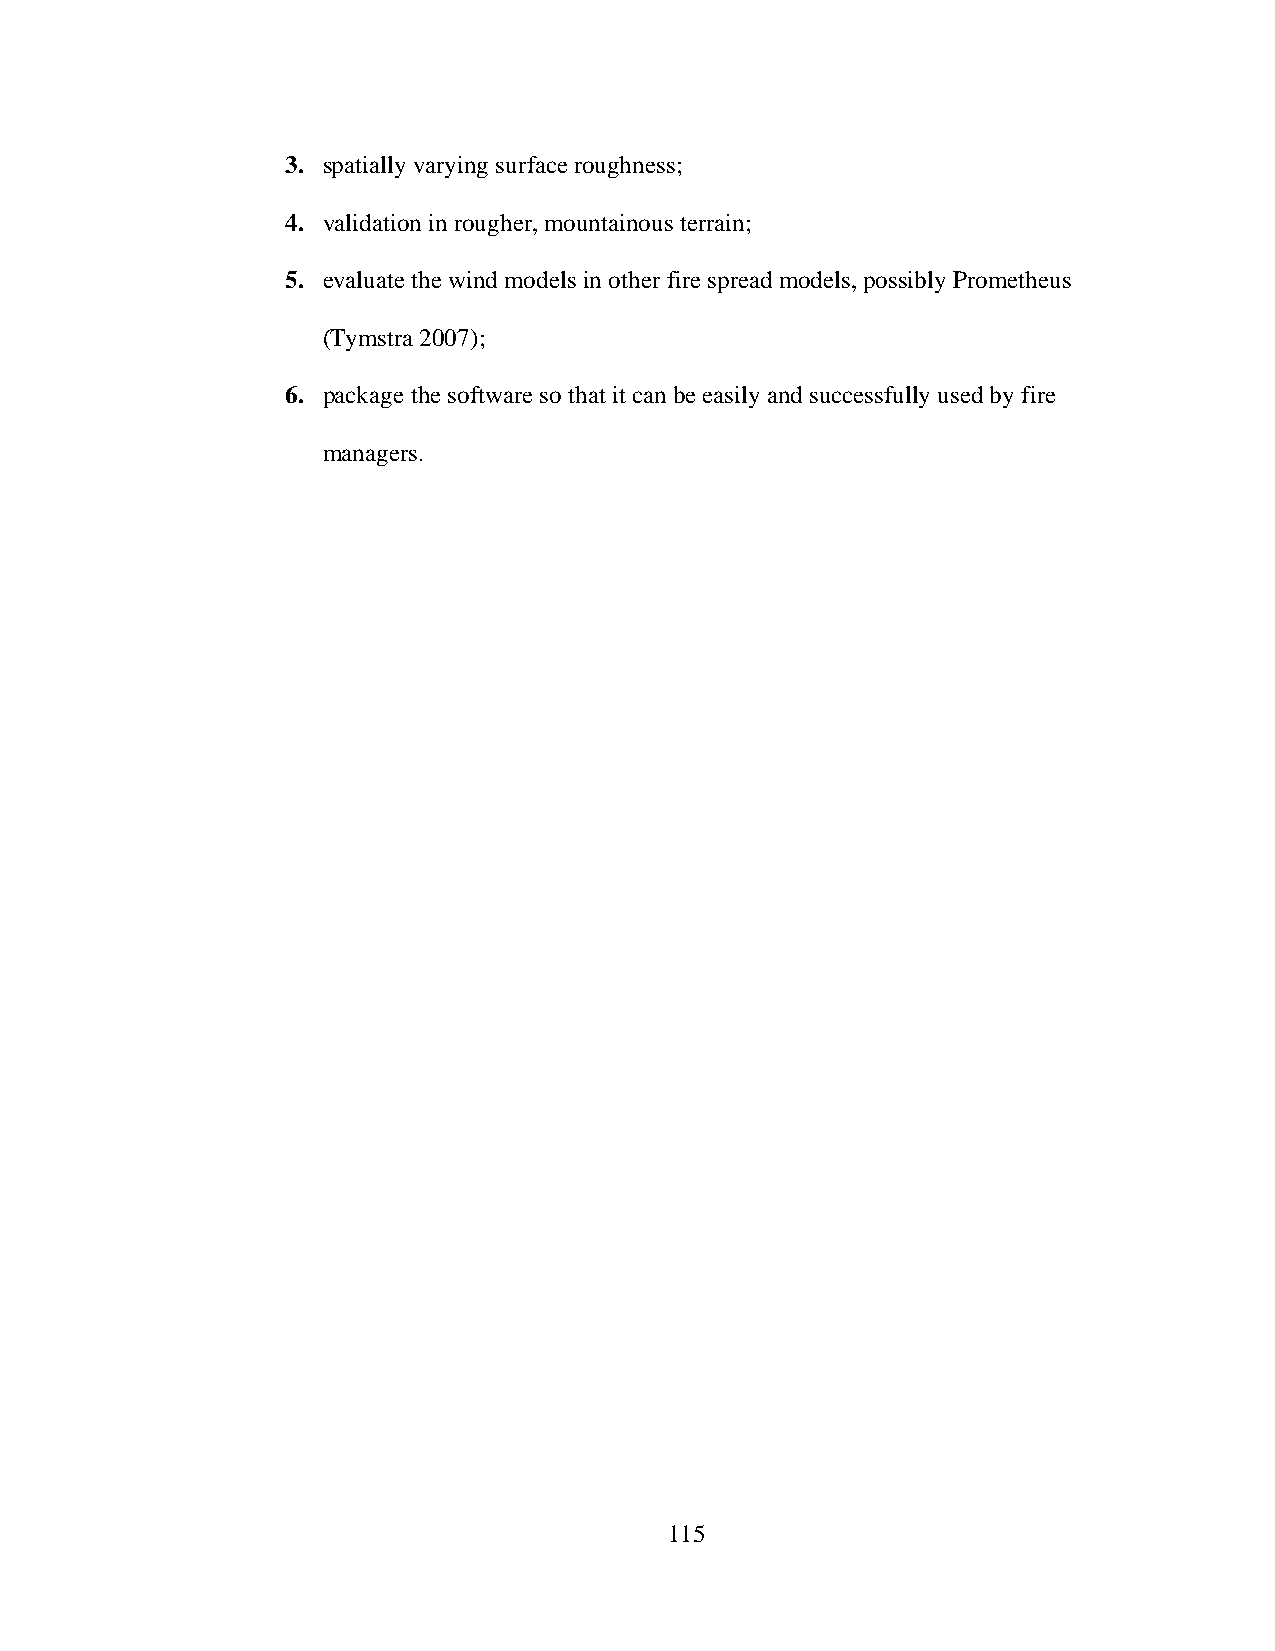
3. spatially varying surface roughness;
 4. validation in rougher, mountainous terrain;
 5. evaluate the wind models in other fire spread models, possibly Prometheus
 (Tymstra 2007);
 6. package the software so that it can be easily and successfully used by fire
 managers.
 115